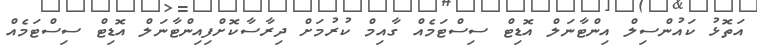
އަތޮޅު ކައުންސިލް އިންޓާނަލް އޮޑިޓް ސިސްޓަމެއް ގާއިމް ކުރުމަށް ދިރާސާކޮށްފިއިންޓާނަލް އޮޑިޓް ސިސްޓަމެއް